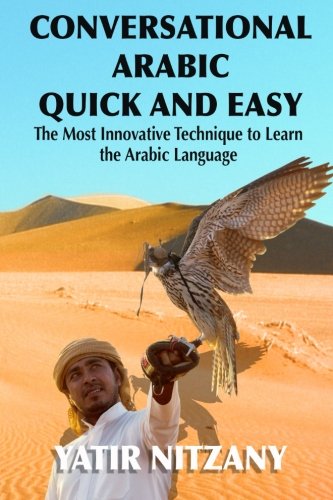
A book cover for Conversational Arabic Quick and Easy: The Most Innovative Technique to Learn and Study the Classical Arabic Language. For Beginners, Intermediate, and Advanced Speakers.; Yatir Nitzany; Travel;